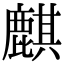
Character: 麒